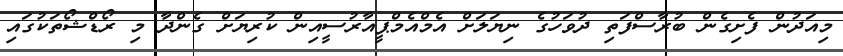
މިއަދުން ފެށިގެން ބުރާސްފަތި ދުވަހުގެ ނިޔަލަށް އެމްއެމްޕީއާރުސީއިން ކުރިޔަށް ގެންދާ މި ރޯޑްޝޯތަކުގައި